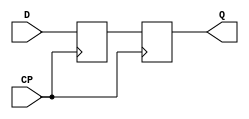
module SYNC_CELL(D,CP,Q);
 input  D;
 input  CP;
 output Q;

//`ifdef NEPTUNE

reg Q,sync1;

always @ (posedge CP)
  begin
    sync1 <=  D;
    Q     <=  sync1;
  end        
  

/*`else

   // vlint flag_dangling_net_within_module off
   // vlint flag_net_has_no_load off
   wire so;
   // vlint flag_net_has_no_load on
   // vlint flag_dangling_net_within_module on
   
   
 cl_a1_clksyncff_4x SYNC_CELL (.l1clk(CP),
                               .d(D),
                               .si(1'b0),
                               .siclk(1'b0),
                               .soclk(1'b0),
                               .q(Q),
                               .so(so) );

`endif 
  */
endmodule // SYNC_CELL